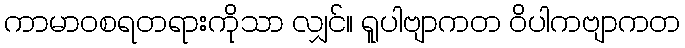
ကာမာဝစရတရားကိုသာ လျှင်။ ရူပါဗျာကတ ဝိပါကဗျာကတ